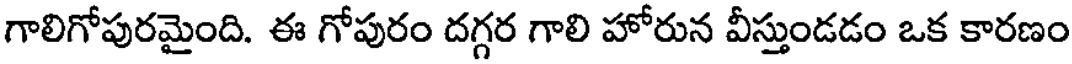
గాలిగోపురమైంది. ఈ గోపురం దగ్గర గాలి హోరున వీస్తుండడం ఒక కారణం